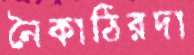
নৈকাঠিরদা